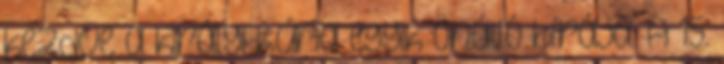
kezdve a királyi kúria egyik önálló bírája. A 15.